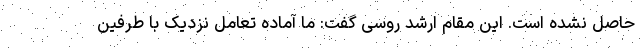
حاصل نشده است. این مقام ارشد روسی گفت: ما آماده تعامل نزدیک با طرفین